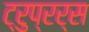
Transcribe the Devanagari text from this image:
ट्रुप्रर्स